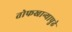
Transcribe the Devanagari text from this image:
तोफखान्यापुढे